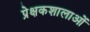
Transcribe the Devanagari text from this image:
प्रेक्षकशालाओं